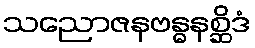
သညောဇနဗန္ဓနစ္ဆိဒံ